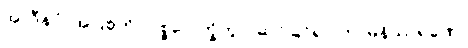
အာဒီနဝံ၊ အပြစ်ကို။ ပစ္စဝေ-က္ခိတွာ၊ ဆင်ခြင်၍။ ကာမနိဿရဏေ၊